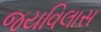
જયવિલાસ